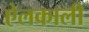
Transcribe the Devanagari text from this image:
ऐलकाली